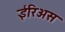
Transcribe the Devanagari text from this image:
ईरिअस